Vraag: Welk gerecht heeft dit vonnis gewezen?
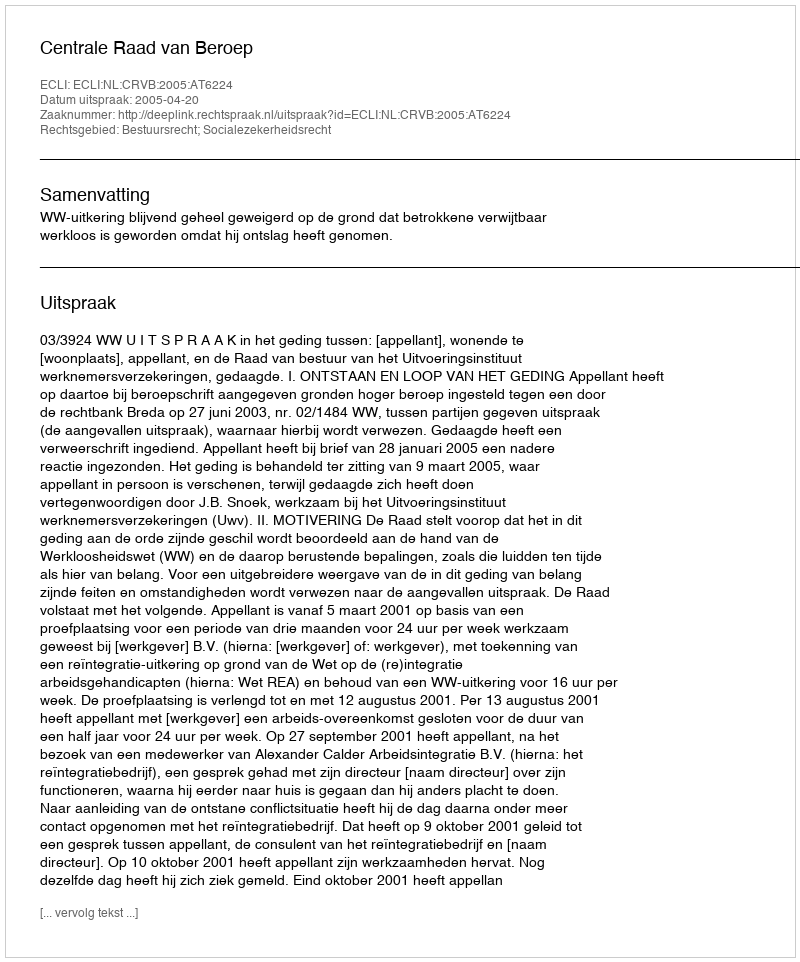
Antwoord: Centrale Raad van Beroep